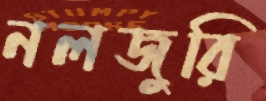
নলজুরি